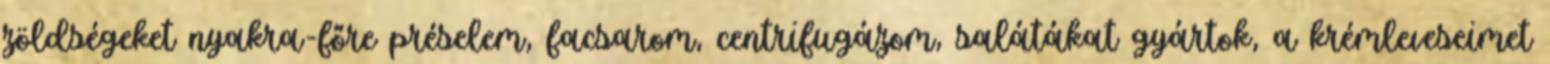
zöldségeket nyakra-főre préselem, facsarom, centrifugázom, salátákat gyártok, a krémleveseimet